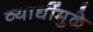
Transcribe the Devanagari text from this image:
व्याधींमुळे